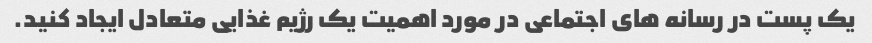
یک پست در رسانه های اجتماعی در مورد اهمیت یک رژیم غذایی متعادل ایجاد کنید.